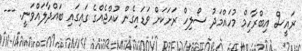
ރައީސް އިބްރާހިމް މުހައްމަދު ސޯލިހް ރަށަކަށް ވަޑައިގެން ކުއްޖެއްގެ ގައިގައި ބައްދާލައްވަނީ. ---